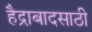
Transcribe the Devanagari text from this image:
हैद्राबादसाठी